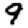
Digit: 9